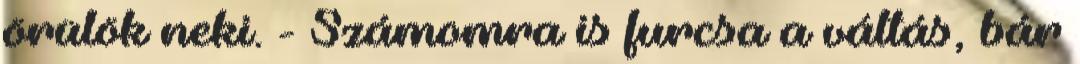
örülök neki. - Számomra is furcsa a váltás, bár